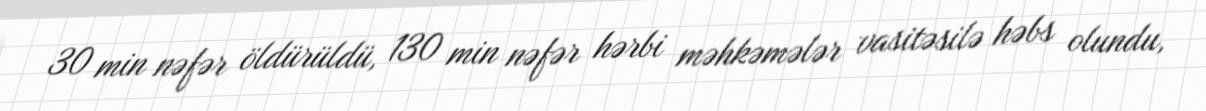
30 min nəfər öldürüldü, 130 min nəfər hərbi məhkəmələr vasitəsilə həbs olundu,